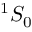
^ { 1 } S _ { 0 }